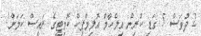
2 ދުވަސް 5 ގަޑި ކުރިން އިލްހާމް އޮލިމްޕިކް ކޮމިޓީގެ ރައީސް ކަމަށް!